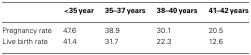
|  | <35 year | 35–37 years | 38–40 years | 41–42 years |
 | --- | --- | --- | --- | --- |
 | Pregnancy rate | 47.6 | 38.9 | 30.1 | 20.5 |
 | Live birth rate | 41.4 | 31.7 | 22.3 | 12.6 |